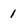
Character: 1